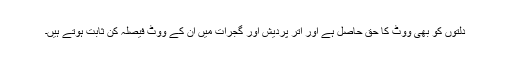
دلتوں کو بھی ووٹ کا حق حاصل ہے اور اتر پردیش اور گجرات میں ان کے ووٹ فیصلہ کن ثابت ہوتے ہیں۔